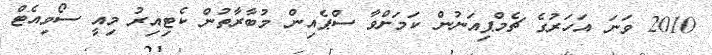
2010 ވަނަ އަހަރުގެ ޗެމްޕިއަނުން ކަމަށްވާ ސްޕެއިން މުބާރާތުން ކެޓިއިރު މިއީ ސޯވިއެޓް